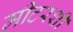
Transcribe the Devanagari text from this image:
मीटरशी